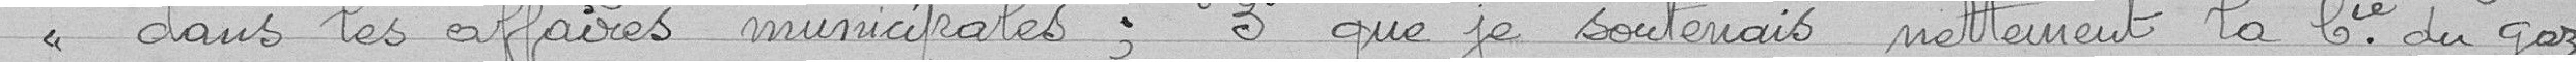
dans les affaires municipales. 3° que je soutenais nettement la Compagnie du Gaz.